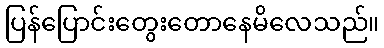
ပြန်ပြောင်းတွေးတောနေမိလေသည်။